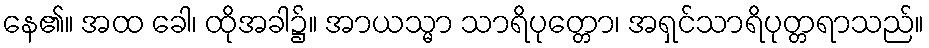
နေ၏။ အထ ခေါ၊ ထိုအခါ၌။ အာယသ္မာ သာရိပုတ္တော၊ အရှင်သာရိပုတ္တရာသည်။